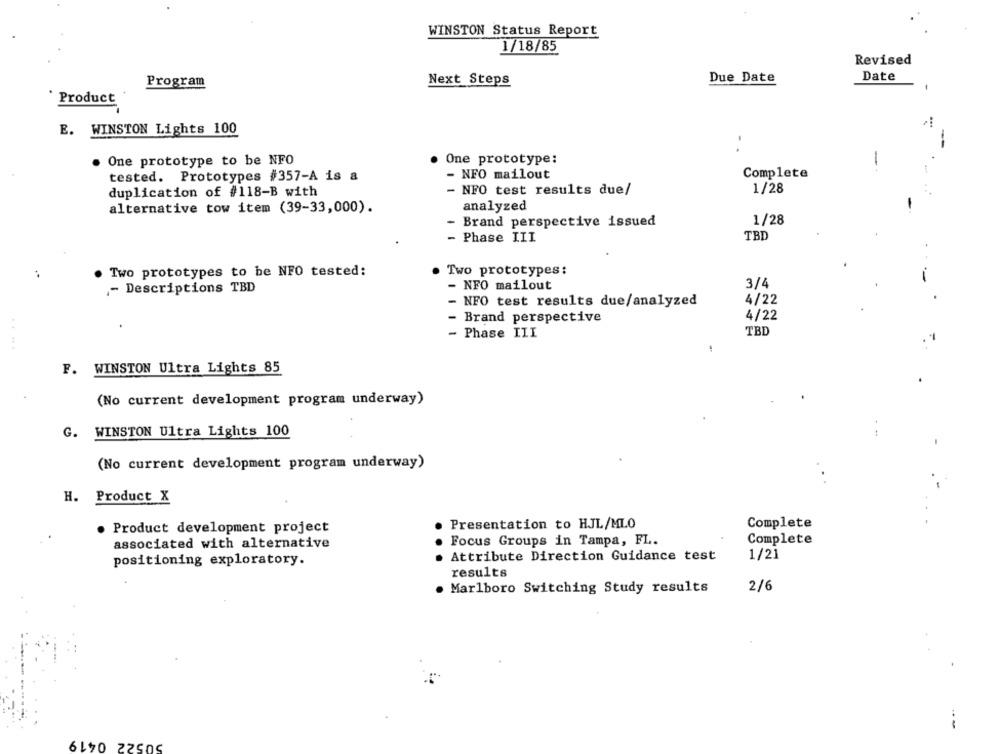
WINSTON Status Report
1/18/85
Revised
Program
Next Steps
Due Date
Date
Product
E. WINSTON Lights 100
. One prototype to be NFO
One prototype:
NFO mailout
Complete
tested. Prototypes #357-A is a
duplication of #118-B with
- NFO test results due/
1/28
alternative tow item (39-33,000).
analyzed
- Brand perspective issued
1/28
- Phase III
TBD
Two prototypes to be NFO tested:
Two prototypes:
..
- NFO mailout
3/4
- Descriptions TBD
- NFO test results due/analyzed
4/22
4/22
- Brand perspective
TBD
...
- Phase III
F. WINSTON Ultra Lights 85
(No current development program underway)
G. WINSTON Ultra Lights 100
(No current development program underway)
H. Product X
Presentation to HJL/MLO
Complete
. Product development project
Focus Groups in Tampa, FL.
Complete
associated with alternative
Attribute Direction Guidance test
1/21
positioning exploratory.
results
. Marlboro Switching Study results
2/6
- -
50522 0419